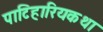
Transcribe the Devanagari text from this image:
पाटिहारियकथा